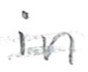
Text: in
Cross-out: mix
Writing tool: pencil